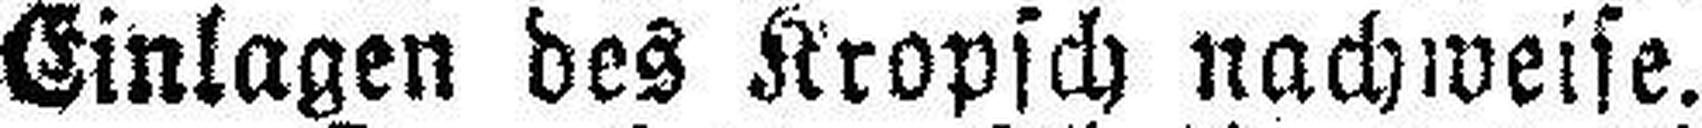
Einlagen des Kropsch nachweise.